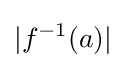
|f^{-1}(a)|